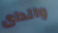
والداى